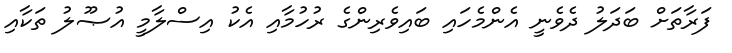
ފަރާތަށް ބަދަލު ދެވެނީ އެންމެހައި ބައިވެރިންގެ ރުހުމާއި އެކު އިސްލާމީ އުޞޫލު ތަކާއި